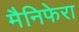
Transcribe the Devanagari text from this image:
मैनिफेरा